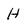
Character: H